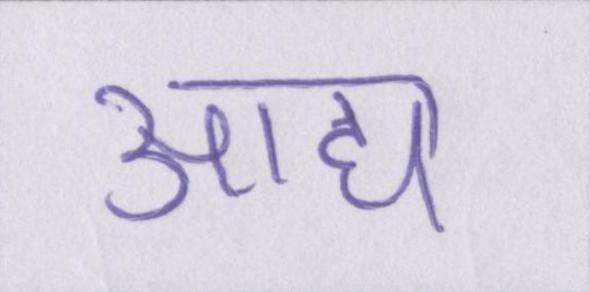
आद्य